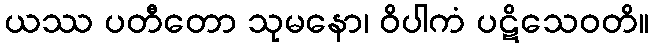
ယဿ ပတီတော သုမနော၊ ဝိပါကံ ပဋိသေဝတိ။